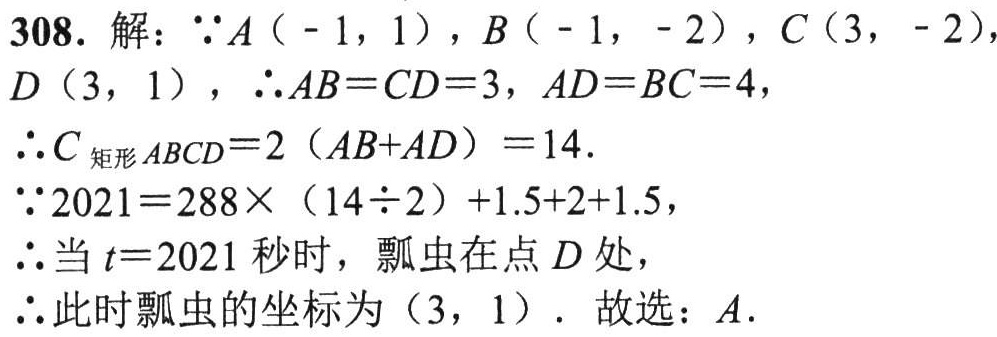
308. 解：$\because A(-1,1)$，$B(-1,-2)$，$C(3,-2)$，$D(3,1)$，$\therefore AB = CD = 3$，$AD = BC = 4$，
$\therefore C_{矩形ABCD}=2(AB + AD)=14$.
$\because2021=288\times(14\div2)+1.5 + 2+1.5$，
$\therefore$当$t = 2021$秒时，瓢虫在点$D$处，
$\therefore$此时瓢虫的坐标为$(3,1)$. 故选：$A$.